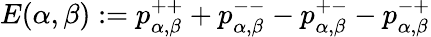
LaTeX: E(\alpha,\beta):=p_{\alpha,\beta}^{++}+p_{\alpha,\beta}^{--}-p_{\alpha,\beta}^{+-}-p_{\alpha,\beta}^{-+}